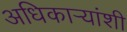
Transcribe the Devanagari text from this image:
अधिकार्‍यांशी